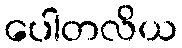
ပေါတလိယ